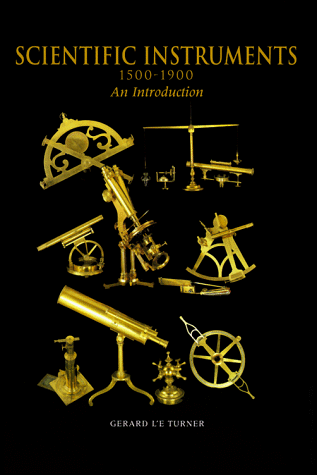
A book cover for Scientific Instruments, 1500-1900: An Introduction; Gerard L'E Turner; Science & Math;